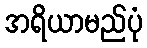
အရိယာမည်ပုံ